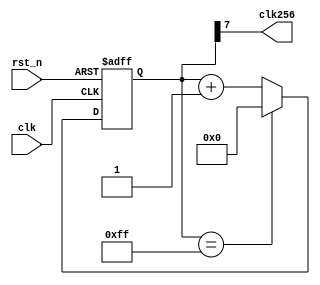
module fp(clk,rst_n,clk256);
	input  rst_n,clk;
	output clk256;
	reg [8-1:0] q;

	always@(posedge clk or negedge  rst_n) begin
		if(rst_n == 0)
			q <= 8'b0000_0000_0000;
		else begin
			if( q == 8'b1111_1111 ) 
				q <= 8'b0000_0000;
			else
				q <= q + 1;
		end
	end

	assign clk256= q[7];
 
endmodule